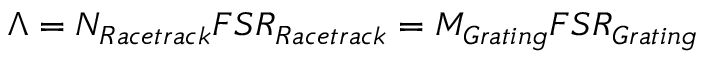
\Lambda = N _ { R a c e t r a c k } F S R _ { R a c e t r a c k } = M _ { G r a t i n g } F S R _ { G r a t i n g }